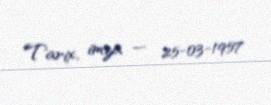
Tarix, imza — 25-03-1957